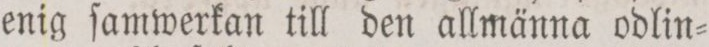
enig ſamwerkan till den allmänna odlin=